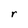
Character: r